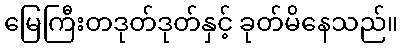
မြေကြီးတဒုတ်ဒုတ်နှင့် ခုတ်မိနေသည်။